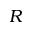
R